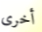
أخرى